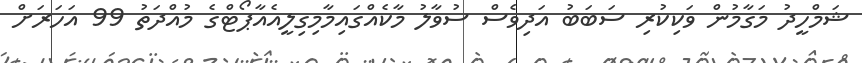
ޝަމްހީދު މަގާމުން ވަކިކުރި ސަބަބު އަދިވެސް ސުވާލު މާކެއްގައިމާމިގިލީއެއާޕޯޓްގެ މުއްދަތު 99 އަހަރަށް